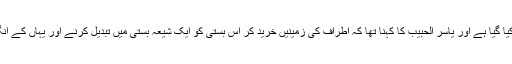
ایک حوزہ علمیہ اور ایک اسکول بھی بستی میں تعمیر کیا گیا ہے اور یاسر الحبیب کا کہنا تھا کہ اطراف کی زمینیں خرید کر اس بستی کو ایک شیعہ بستی میں تبدیل کرنے اور یہاں کے انگریز باشندوں کو تشیع کی راہ دکھانے کا منصوبہ ہے”۔